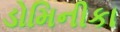
ડોમિનીકા